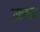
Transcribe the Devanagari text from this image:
उबलब्ध